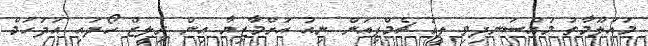
މައުލޫމާތު މުއްސަނދިވި ލީގު ޗެމްޕިއަން ނިއު އަށްމާޒިޔާ އިން ރިލީޒް ހޯދައި އަދުހަމް